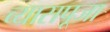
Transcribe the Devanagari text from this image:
व्यासपूजा